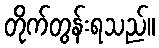
တိုက်တွန်းရသည်။